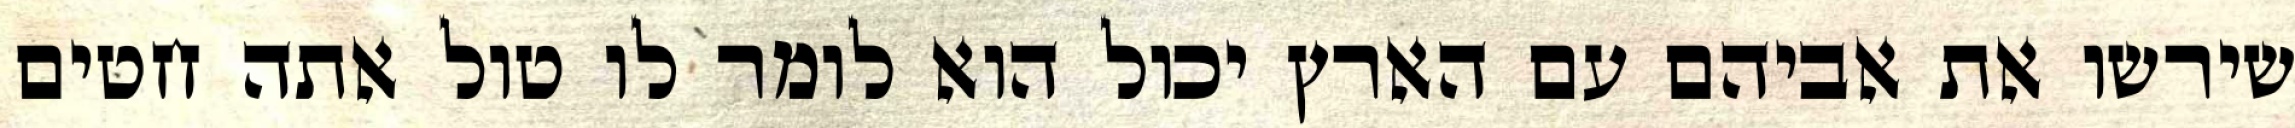
שירשו את אביהם עם הארץ יכול הוא לומר לו טול אתה חטים